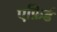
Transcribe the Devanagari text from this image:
एफ़िर्ड